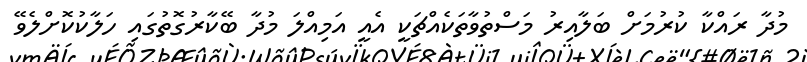
މުދާ ރައްކާ ކުރުމަށް ބަލާއިރު މަސްތުވާތަކެއްޗަކީ އެއީ އަމިއްލަ މުދާ ބޭކާރުގޮތުގައި ހަލާކުކޮށްލެވޭ